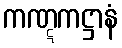
ကဏ္ဋကဋ္ဌာနံ